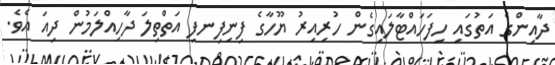
ދާއިންގެ އަތުގައި ހިފަހައްޓާލައިގެން ހުރިއިރު ޔޫހާގެ ފިނިފިނފި އަތްތިލަ ދާހިއްލަމުން ދިއަ އެވެ.